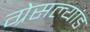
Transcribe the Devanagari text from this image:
ग्रेसल्यांड